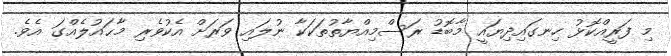
މި ފަރީއްކޮޅު ހިނގައިދިޔައީ މާބޮޑު ރަސްމިއްޔާތުތަކަކާ ނުލައި ވަރަށް އެކުވެރި މާޙައުލެއްގަ އެވެ.